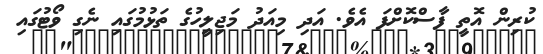
ކުރިން އޮތީ ފާސްކޮށްފަ އެވެ. އަދި މިއަދު މަޖިލީހުގެ ތަޅުމުގައި ނެގި ވޯޓުގައި